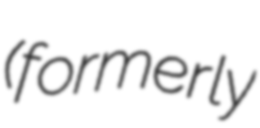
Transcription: (formerly